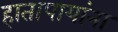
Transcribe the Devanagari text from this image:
हातापायांना